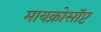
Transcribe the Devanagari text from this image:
मायक्रोसॉप्ट